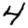
Digit: 4